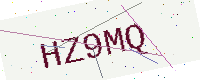
Text: HZ9MQ